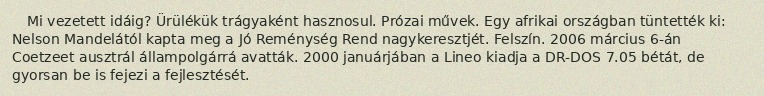
Mi vezetett idáig? Ürülékük trágyaként hasznosul. Prózai művek. Egy afrikai országban tüntették ki: Nelson Mandelától kapta meg a Jó Reménység Rend nagykeresztjét. Felszín. 2006 március 6-án Coetzeet ausztrál állampolgárrá avatták. 2000 januárjában a Lineo kiadja a DR-DOS 7.05 bétát, de gyorsan be is fejezi a fejlesztését.